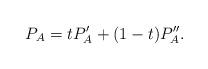
LaTeX: \begin{align*} P_A = t P'_A + (1-t)P''_A.\end{align*}